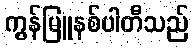
ကွန်မြူနစ်ပါတီသည်